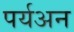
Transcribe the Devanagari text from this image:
पर्यअन